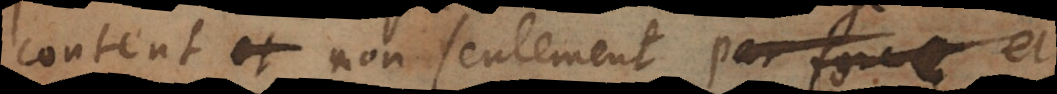
content et non seulement par necessité,